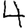
Digit: 4